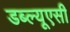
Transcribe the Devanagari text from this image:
डब्ल्यूएसी